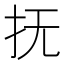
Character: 抚